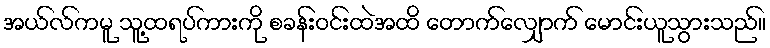
အယ်လ်ကမူ သူ့ထရပ်ကားကို စခန်းဝင်းထဲအထိ တောက်လျှောက် မောင်းယူသွားသည်။